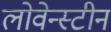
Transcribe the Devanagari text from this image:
लोवेन्स्टीन